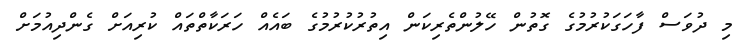
މި ދުވަސް ފާހަގަކުރުމުގެ ގޮތުން ހޭލުންތެރިކަން އިތުރުކުރުމުގެ ބައެއް ހަރަކާތްތައް ކުރިއަށް ގެންދިއުމަށް